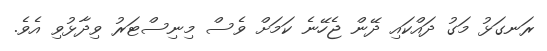
ރަނގަޅު މަގު ދައްކައި ދޭން ޖެހޭނެ ކަމަށް ވެސް މިނިސްޓަރު ވިދާޅުވި އެވެ.